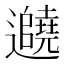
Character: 𬩱